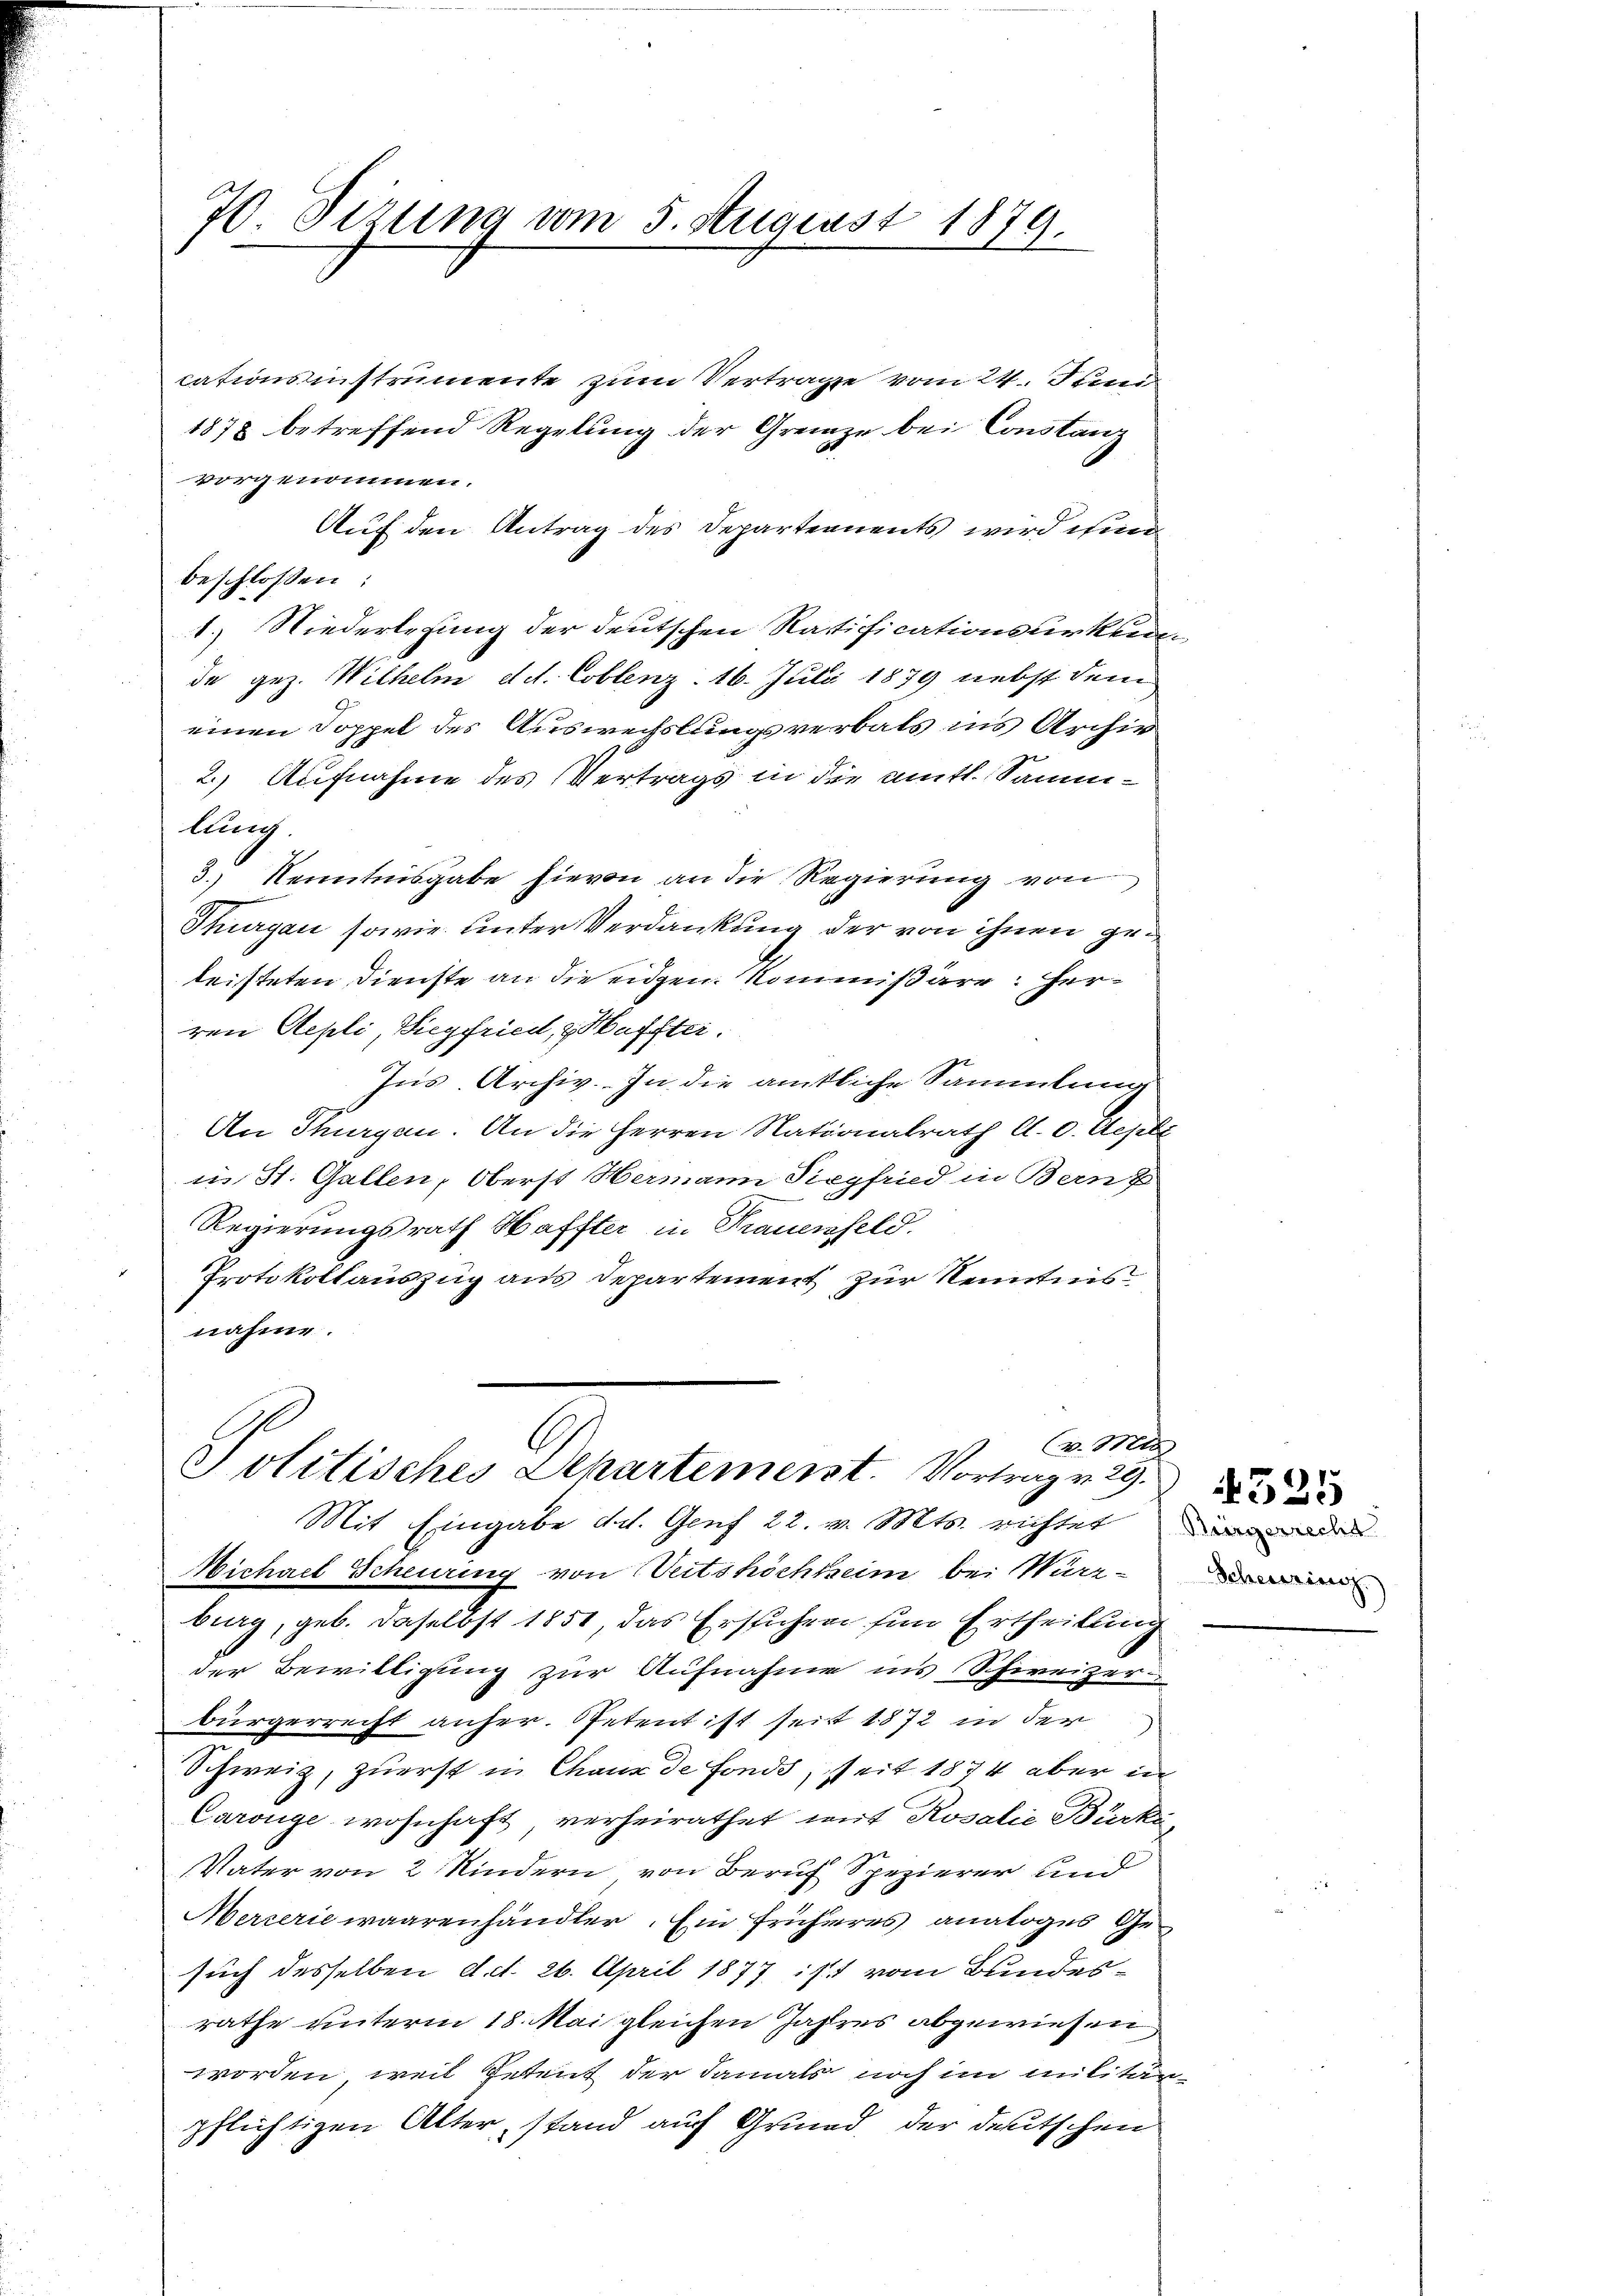
70. Sizung vom 5. August 1879.

cationsinstrumente zum Vertrage vom 24. Juni
1878 betreffend Regelung der Grenze bei Constanz
vorgenommen.
Auf den Antrag des Departements wird ein
beschlossen:
1.) Niederlegung der deutschen Ratificationsurkun
de gez. Wilhelm d.d. Coblenz: 16. Juli 1879 nebst dem
einen Doppel des Auswechslungsverbals ins Archiv
2.) Aufnahme des Vertrags in die amtl. Sammlung
3.) Kenntnisgabe hievon an die Regierung von
Thurgau sowie unter Verdankung der von ihnen geleisteten Dienste an die eidgen. Kommißäre: Herren Aepli, Siegfried, z. Haffter.
Ins Archiv. In die amtliche Sammlung
An Sturgen. An die Herren Nationalrath A. v. Aepli
in St. Gallen, Oberst Hermann Siegfried in Bern z
Regierungsrath Haffter in Trauenfeld.
Protokollauszug aus Departement zur Kenntnis
nahme.

C
v. Mt
Politisches Departemenst. Vortrag v. 29.
Mit Eingabe d. d. Genf 22. v. Mts. richtet, der

Scheuring

Michael Scheuring von Veitshöchteim bei Würzburg, geb. daselbst 1851, das Ersuchen für Ertheilung
der Bewilligung zur Aufnahme ins Schweizer
bürgerrecht anher. Petent ist seit 1872 in der
Schweiz, zuerst in Chaux de Fonds seit 1874 aber in
Caronge wohnhaft, verheirathet mit Rosalie Bürki,
Vater von 2 Kindern von Beruf Spezierer und
Merreriewaarenhändler. Ein früheres analoges Gesuch desselben d. d. 26. April 1877 ist vom Bundesrathe unterm 18. Mai gleichen Jahres abgewiesen
worden, weil Petent der damals noch im militärpflichtigen Alter, stand auf Grund, der deutschen

525